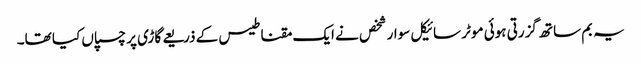
یہ بم ساتھ گزرتی ہوئی موٹر سائیکل سوار شخص نے ایک مقناطیس کے ذریعے گاڑی پر چسپاں کیا تھا۔